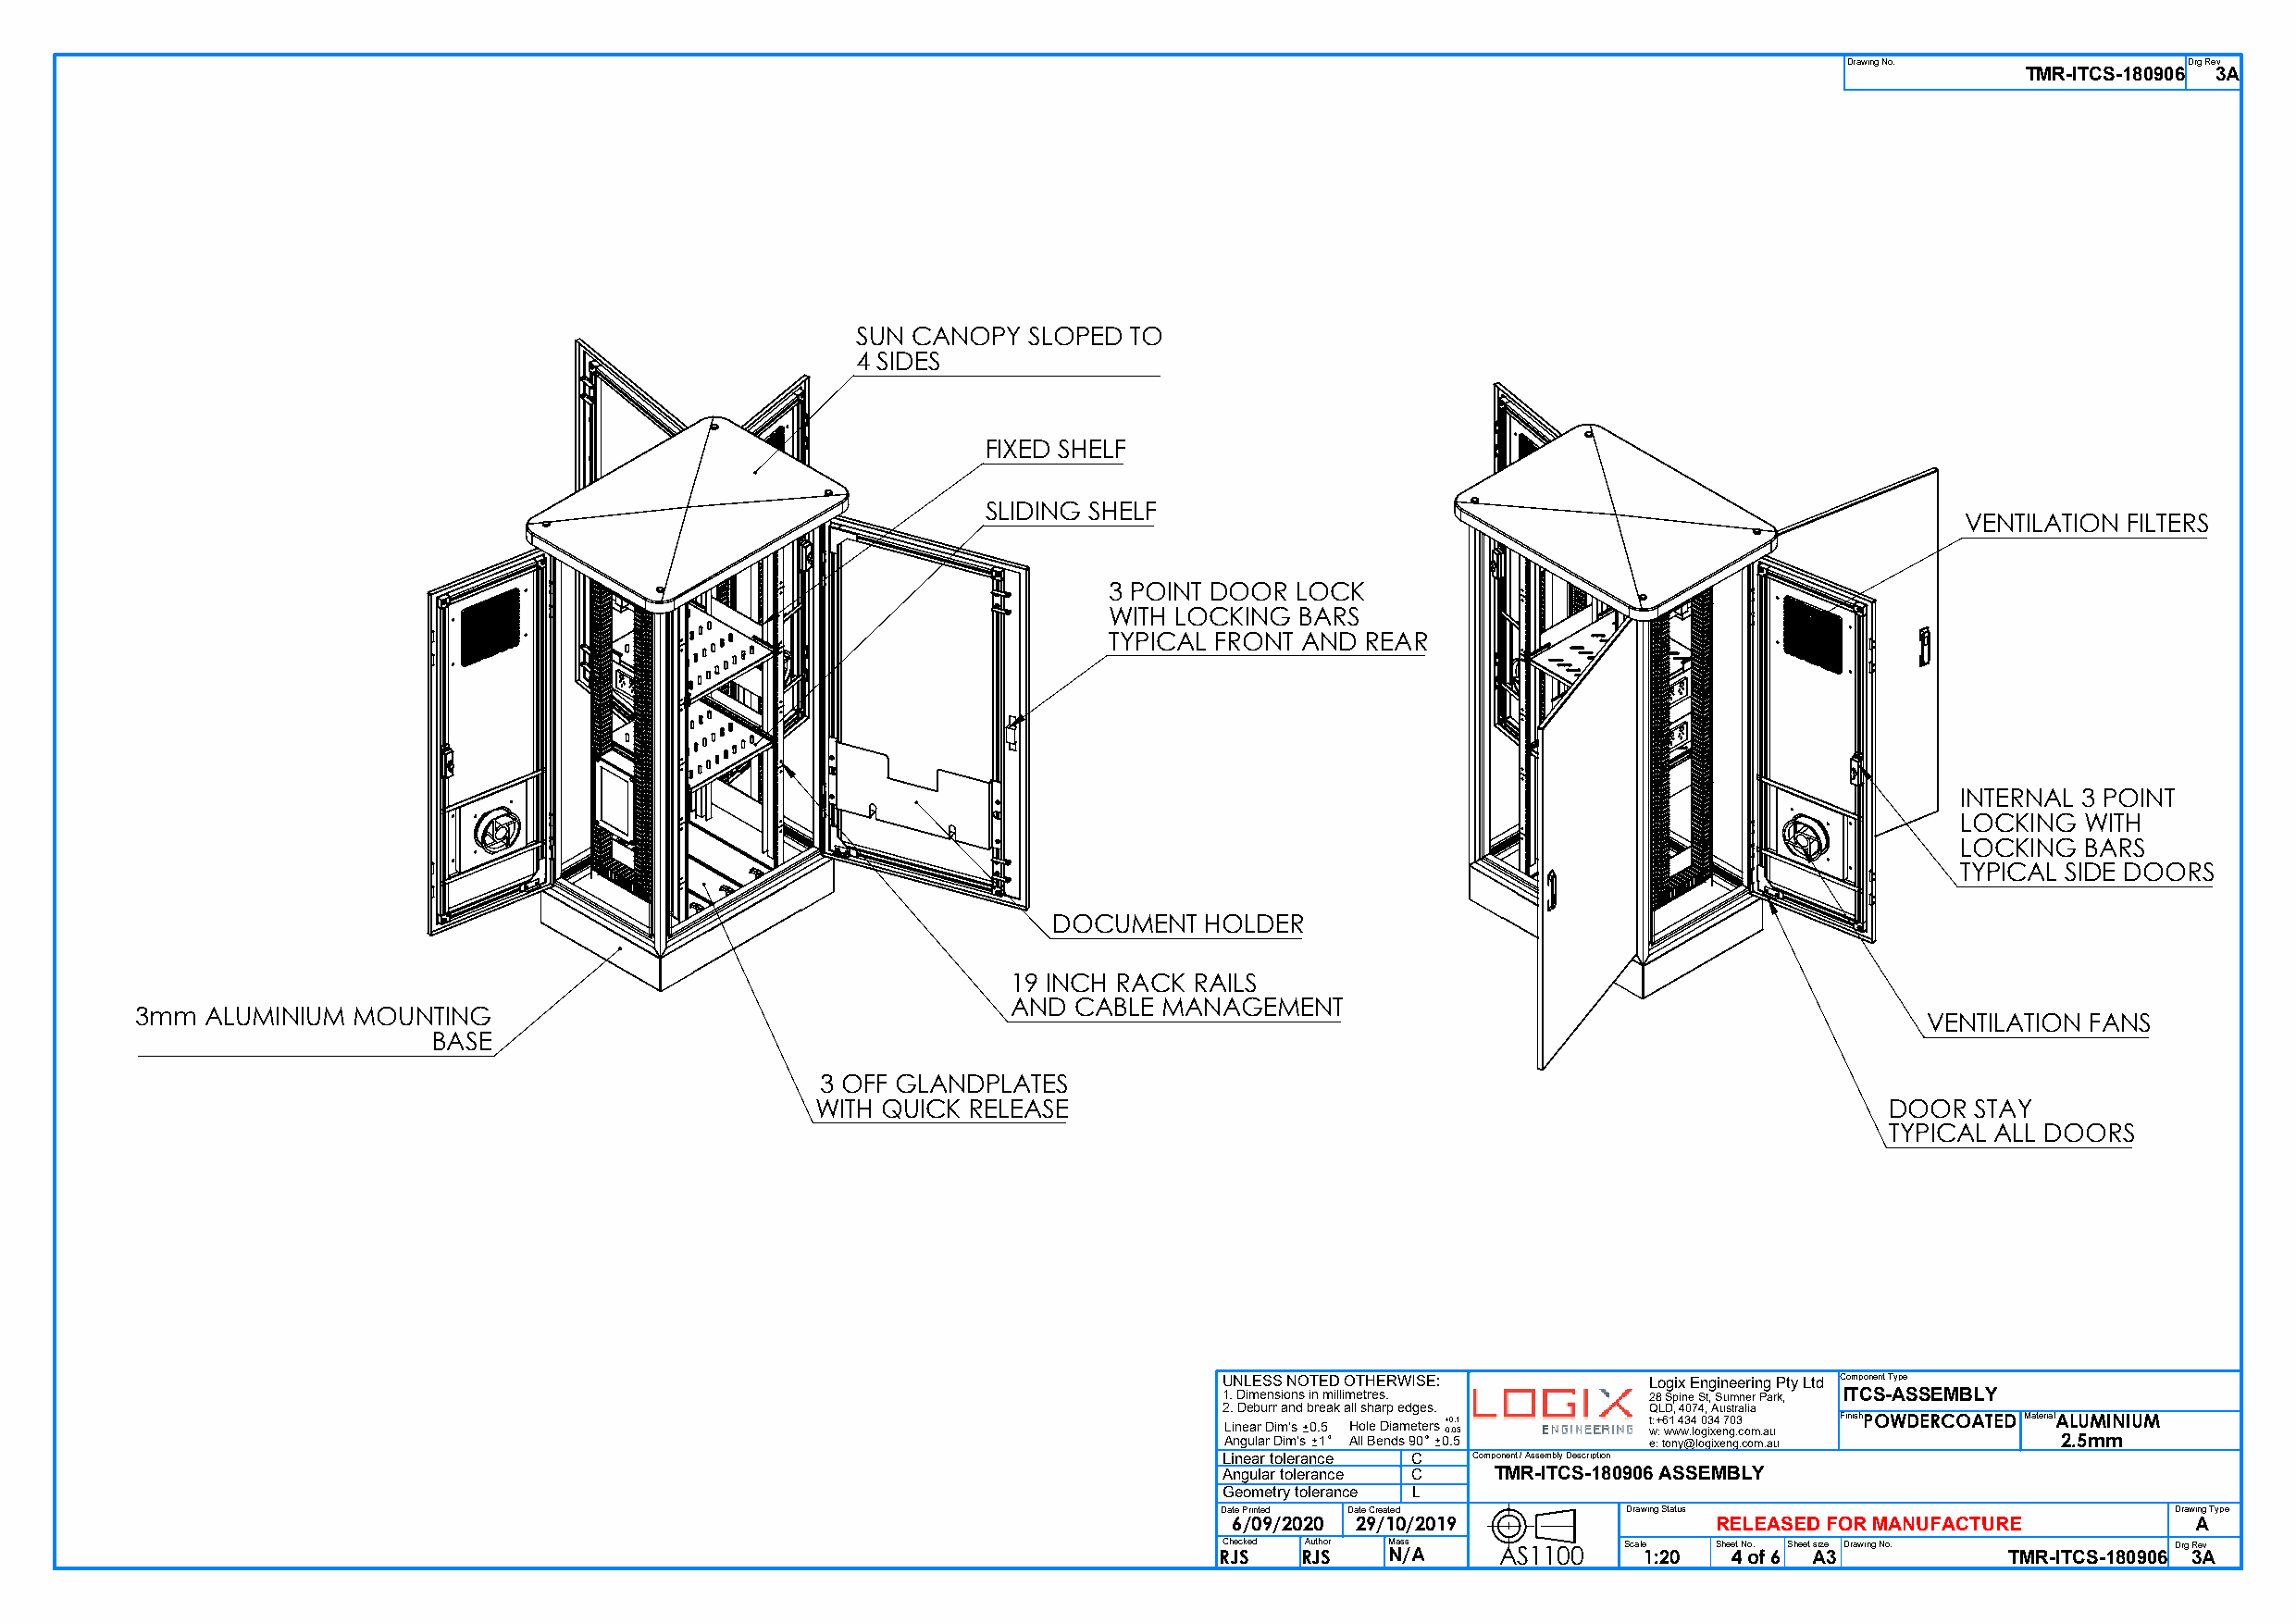
Drawing No.             Drg Rev
 TMR-ITCS-180906 3A
 SUN CANOPY   SLOPED TO
 4 SIDES
 FIXED SHELF
 SLIDING SHELF
 VENTILATION FILTERS
 3 POINT DOOR  LOCK
 WITH LOCKING  BARS
 TYPICAL FRONT AND  REAR
 INTERNAL 3 POINT
 LOCKING  WITH
 LOCKING  BARS
 TYPICAL SIDE DOORS
 DOCUMENT   HOLDER
 19 INCH RACK RAILS
 AND  CABLE MANAGEMENT
 3mm  ALUMINIUM MOUNTING
 VENTILATION FANS
 BASE
 3 OFF GLANDPLATES
 WITH QUICK RELEASE                                                           DOOR  STAY
 TYPICAL ALL DOORS
 UNLESS NOTED OTHERWISE:        Logix Engineering Pty Ltd Component Type
 1. Dimensions in millimetres.  28 Spine St, Sumner Park, ITCS-ASSEMBLY
 2. Deburr and break all sharp edges. QLD, 4074, Australia
 Linear Dim's 0.5 Hole Diameters -+ 00 .0.1 5 t w:+ : 6 w1 w 4 w3 .4 lo 0 g3 ix4 e n7 g0 .3 com.au FinishPOWDERCOATED MaterialALUMINIUM
 Angular Dim's 1 All Bends 90 0.5 e: tony@logixeng.com.au   2.5mm
 Linear tolerance C Component / Assembly Description
 Angular tolerance C TMR-ITCS-180906 ASSEMBLY
 Geometry tolerance L
 Date Printed Date Created    Drawing Status                          Drawing Type
 6/09/2020 29/10/2019               RELEASED FOR MANUFACTURE          A
 RCh Jec Sked RAu Jth Sor M Nas /s A AS1100 Scale 1:20 Shee 4t N o o. f 6 Sheet Asize 3 Drawing No. TMR-ITCS-180906 Drg 3Re Av